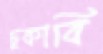
ঢুকাবি